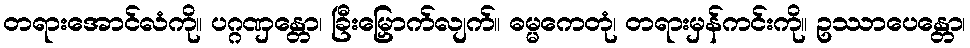
တရားအောင်လံကို။ ပဂ္ဂဏှန္တော၊ ခြီးမြှောက်လျက်။ ဓမ္မကေတုံ၊ တရားမှန်ကင်းကို။ ဥဿာပေန္တော၊